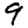
Digit: 9